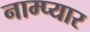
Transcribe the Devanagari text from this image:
नाम्प्यार